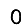
Digit: 0